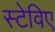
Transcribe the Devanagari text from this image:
स्टेविए